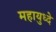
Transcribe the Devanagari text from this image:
महायुध्दे